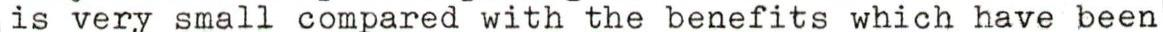
is very small compared with the benefits which have been